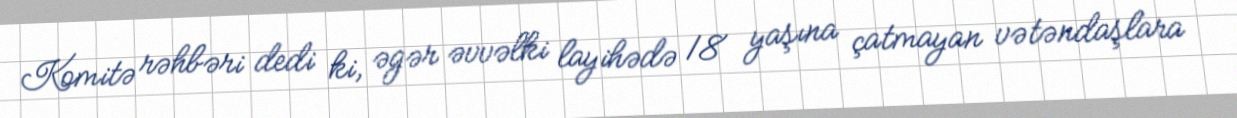
Komitə rəhbəri dedi ki, əgər əvvəlki layihədə 18 yaşına çatmayan vətəndaşlara